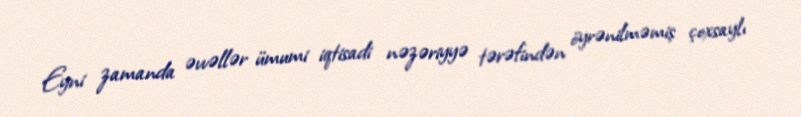
Eyni zamanda əvvəllər ümumi iqtisadi nəzəriyyə tərəfindən öyrənilməmiş çoxsaylı